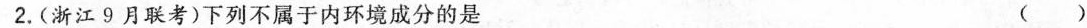
2.(浙江9月联考)下列不属于内环境成分的是 ( )